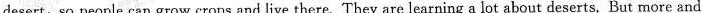
desert,so people can grow crops and live there. They are learning a lot about deserts. But more and